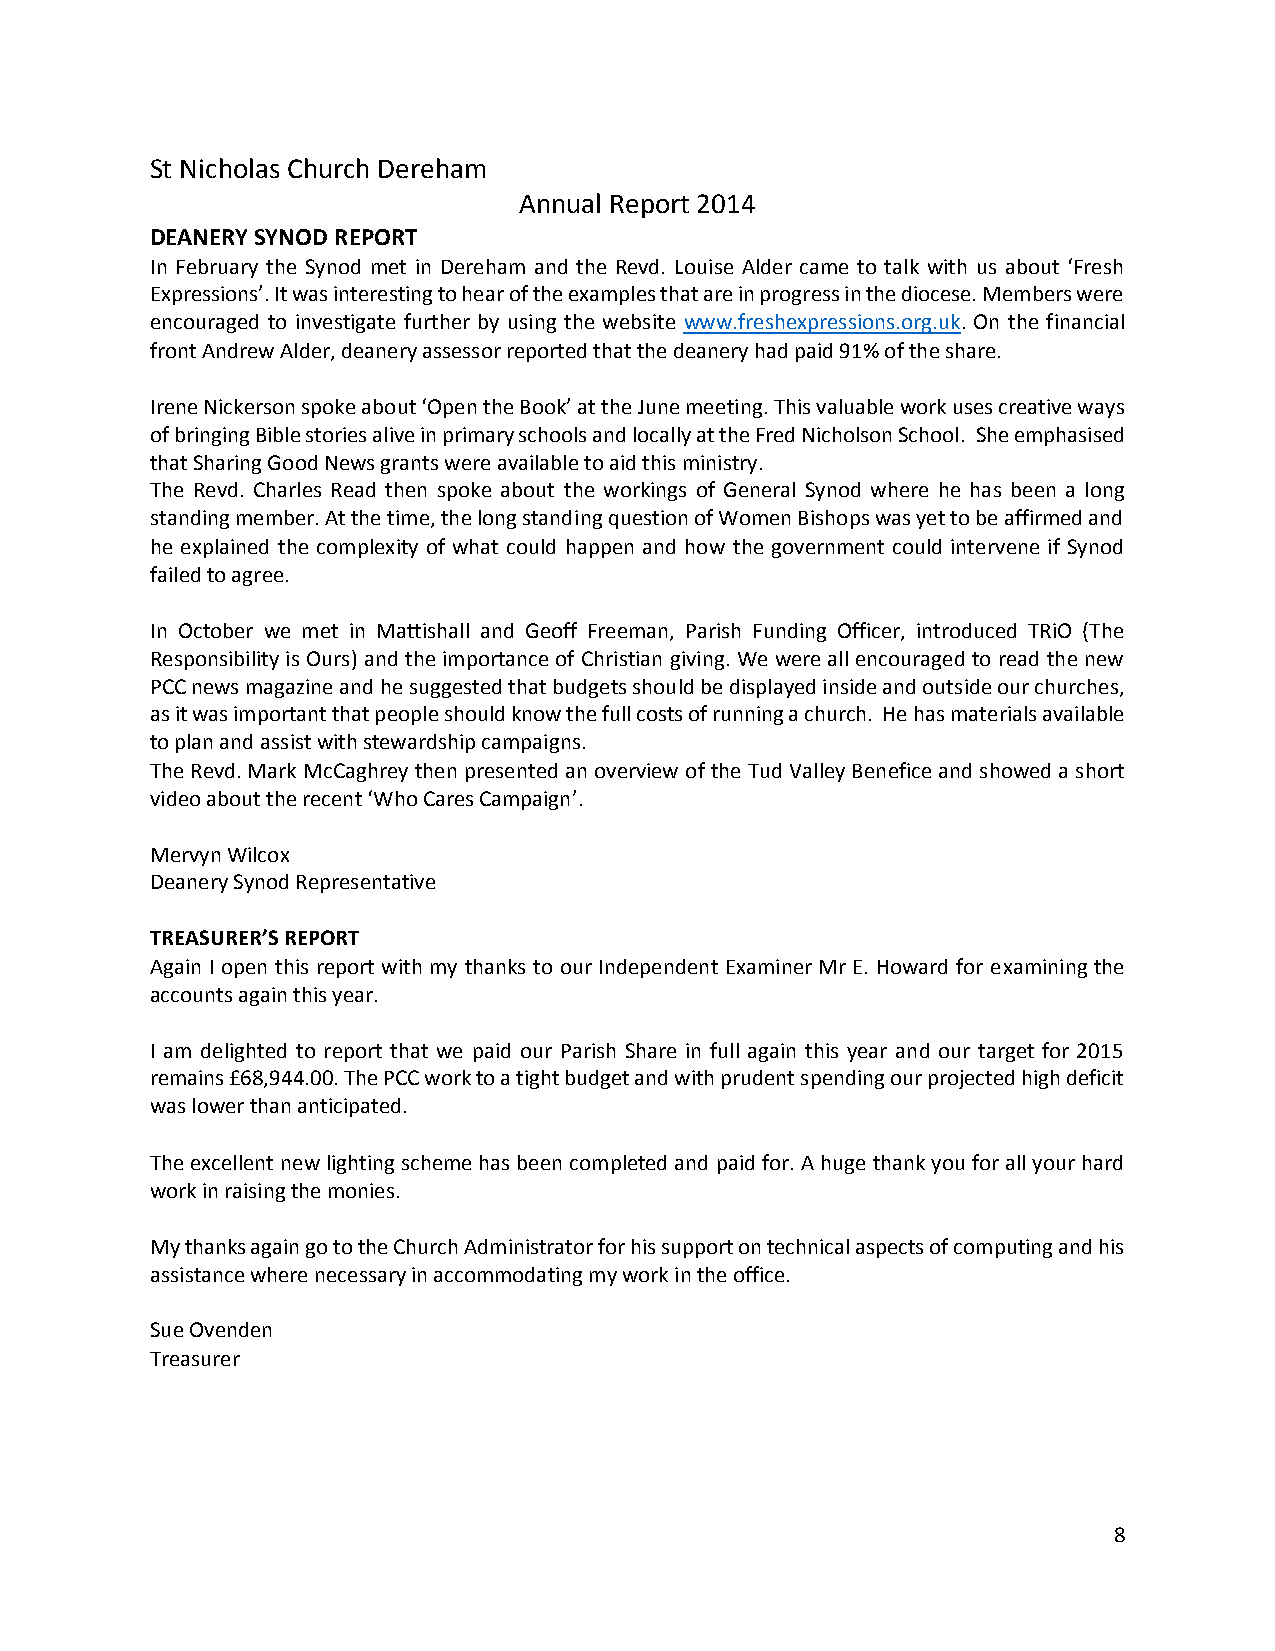
St Nicholas Church Dereham
 Annual Report 2014
 DEANERY SYNOD REPORT
 In February the Synod met in Dereham and the Revd. Louise Alder came to talk with us about ‘Fresh
 Expressions’. It was interesting to hear of the examples that are in progress in the diocese. Members were
 encouraged to investigate further by using the website www.freshexpressions.org.uk. On the financial
 front Andrew Alder, deanery assessor reported that the deanery had paid 91% of the share.
 Irene Nickerson spoke about ‘Open the Book’ at the June meeting. This valuable work uses creative ways
 of bringing Bible stories alive in primary schools and locally at the Fred Nicholson School. She emphasised
 that Sharing Good News grants were available to aid this ministry.
 The Revd. Charles Read then spoke about the workings of General Synod where he has been a long
 standing member. At the time, the long standing question of Women Bishops was yet to be affirmed and
 he explained the complexity of what could happen and how the government could intervene if Synod
 failed to agree.
 In October we met in Mattishall and Geoff Freeman, Parish Funding Officer, introduced TRiO (The
 Responsibility is Ours) and the importance of Christian giving. We were all encouraged to read the new
 PCC news magazine and he suggested that budgets should be displayed inside and outside our churches,
 as it was important that people should know the full costs of running a church. He has materials available
 to plan and assist with stewardship campaigns.
 The Revd. Mark McCaghrey then presented an overview of the Tud Valley Benefice and showed a short
 video about the recent ‘Who Cares Campaign’.
 Mervyn Wilcox
 Deanery Synod Representative
 TREASURER’S REPORT
 Again I open this report with my thanks to our Independent Examiner Mr E. Howard for examining the
 accounts again this year.
 I am delighted to report that we paid our Parish Share in full again this year and our target for 2015
 remains £68,944.00. The PCC work to a tight budget and with prudent spending our projected high deficit
 was lower than anticipated.
 The excellent new lighting scheme has been completed and paid for. A huge thank you for all your hard
 work in raising the monies.
 My thanks again go to the Church Administrator for his support on technical aspects of computing and his
 assistance where necessary in accommodating my work in the office.
 Sue Ovenden
 Treasurer
 8